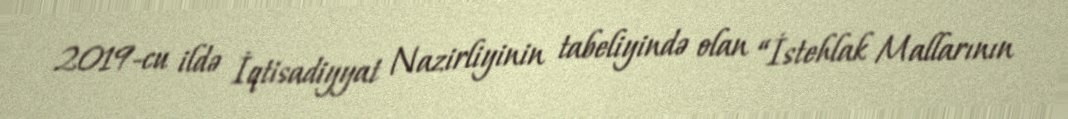
2019-cu ildə İqtisadiyyat Nazirliyinin tabeliyində olan “İstehlak Mallarının